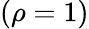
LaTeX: (\rho=1)